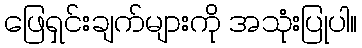
ဖြေရှင်းချက်များကို အသုံးပြုပါ။